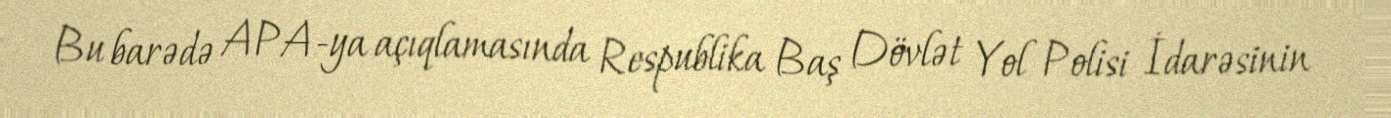
Bu barədə APA-ya açıqlamasında Respublika Baş Dövlət Yol Polisi İdarəsinin